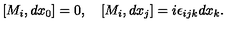
[ M _ { i } , d x _ { 0 } ] = 0 , \quad [ M _ { i } , d x _ { j } ] = i \epsilon _ { i j k } d x _ { k } .